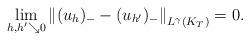
LaTeX: \begin{align*}\lim\limits_{h,h'\searrow 0}\left\|(u_h)_--(u_{h'})_-\right\|_{L^\gamma(K_T)}=0.\end{align*}